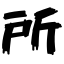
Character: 所